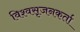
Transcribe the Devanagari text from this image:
विश्वसृजनकर्ता